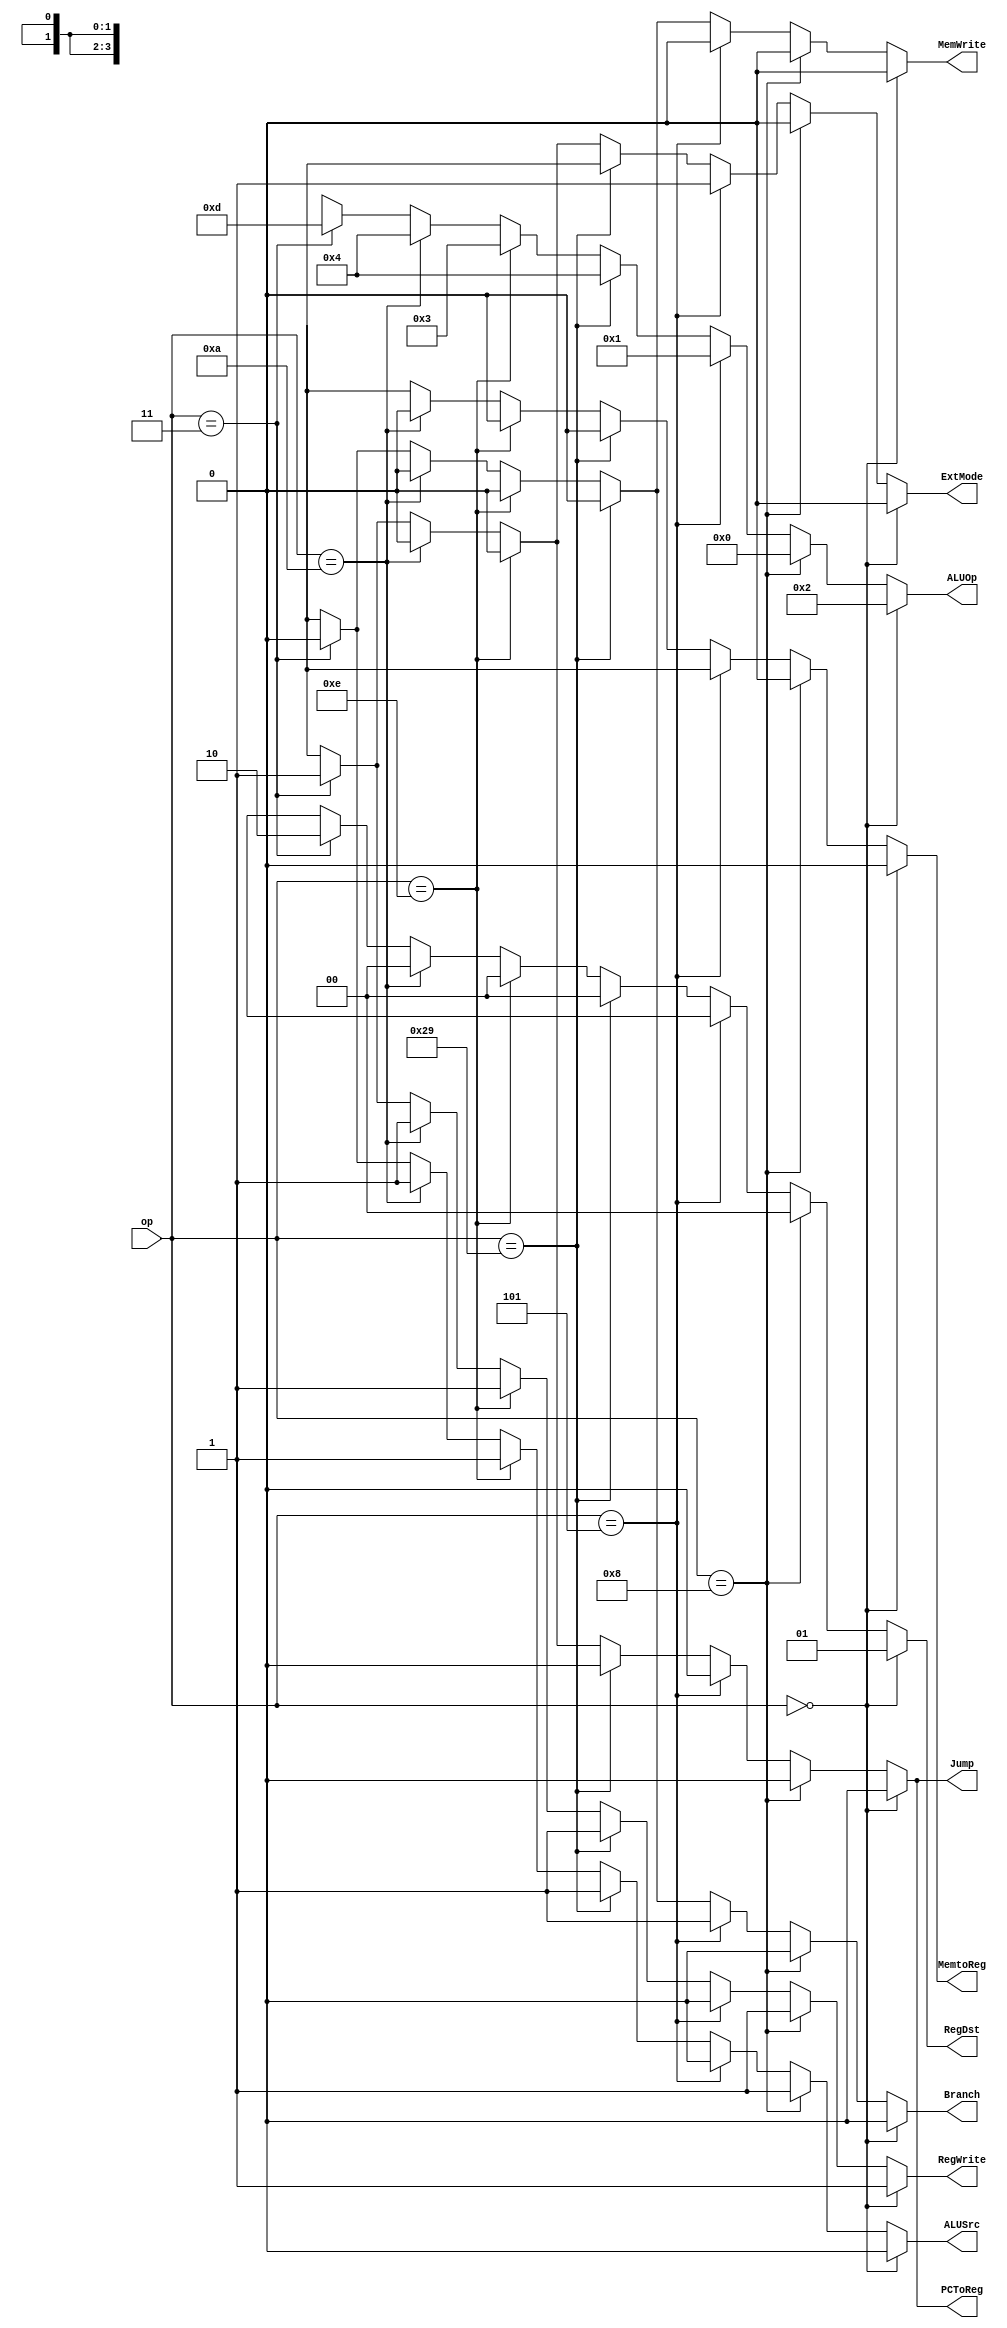
`timescale 1ns / 1ps
//////////////////////////////////////////////////////////////////////////////////
// Company: 
// Engineer: 
// 
// Design Name: 
// Module Name:    MyControl 
// Project Name: 
// Target Devices: 
// Tool versions: 
// Description: 
//
// Dependencies: 
//
// Revision: 
// Revision 0.01 - File Created
// Additional Comments: 
//
//////////////////////////////////////////////////////////////////////////////////
module MyControl(op,RegDst,Jump,Branch,MemtoReg,ALUOp,MemWrite,ALUSrc,RegWrite,PCToReg,ExtMode);
	input [5:0] op;                                  
	output reg [1:0] RegDst;
	output reg Jump,Branch,MemtoReg;                 
	output reg [3:0] ALUOp;                          
	output reg MemWrite,ALUSrc,RegWrite,PCToReg;
	output reg ExtMode;

	always@(op) begin 
		if(op==6'b000000)begin   // R_TYPE
			ALUOp<=4'b0010; 
			RegDst<=2'b01; //write  rd
			ALUSrc<=1'b0; // immi  rt       
			RegWrite<=1'b1; //regster  (RD)
			MemtoReg<=1'b0;   
			MemWrite<=1'b0; //MEM     
			Jump<=1'b0; //
			Branch<=1'b0;      
			PCToReg<=1'b0;
			ExtMode<=1'b0; //Don't care 
		end 
		else if(op==6'b001000) begin // addi
			ALUOp<=4'b0000;   
			RegDst<=2'b00; //use reg write -> rt  
			ALUSrc<=1'b1;     
			RegWrite<=1'b1; //write in reg
			MemtoReg<=1'b0; //no use mem write -> don't care reg destination
			MemWrite<=1'b0; //no write in mem  
			Jump<=1'b0;       
			Branch<=1'b0;     
			PCToReg<=1'b0;
			ExtMode<=1'b0; //zero extended
		end 
		else if(op==6'b000101) begin // Bne
			ALUOp<=4'b0001;   
			RegDst<=2'bxx; //no use reg write -> don't care reg destination     
			ALUSrc<=1'b0;     
			RegWrite<=1'b0; //no write in reg
			MemtoReg<=1'bx; //no use mem write -> don't care reg destination
			MemWrite<=1'b0; //no write in mem  
			Jump<=1'b0;       
			Branch<=1'b1;     
			PCToReg<=1'b0;
			ExtMode<=1'b1;
		end 
		else if(op==6'b101001) begin // slti
			ALUOp<=4'b0100;
			RegDst<=2'b00; //write  rt
			ALUSrc<=1'b1; //rt  immi  target 
			RegWrite<=1'b1; //regster  (Rt)
			MemtoReg<=1'b0; //mem  x
			MemWrite<=1'b0;
			Jump<=1'b0;  
			Branch<=1'b0;
			PCToReg<=1'b0;
			ExtMode<=1'bx; 
		end
		else if(op==6'b001110) begin // xori
			ALUOp<=4'b0011;
			RegDst<=2'b00; //i type => destination : rt 
         ALUSrc<=1'b1;  //imm
         RegWrite<=1'b1; //write result in reg
         MemtoReg<=1'b0; 
         MemWrite<=1'b0;
         Jump<=1'b0;   
         Branch<=1'b0; 
 			PCToReg<=1'b0;
			ExtMode<=1'b0; 
      end
		else if(op==6'b001010) begin // slti
			ALUOp<=4'b0100;
			RegDst<=2'b00; //i type => destination : rt 
         ALUSrc<=1'b1;  //imm
         RegWrite<=1'b1;
         MemtoReg<=1'b0;
         MemWrite<=1'b0;
         Jump<=1'b0;   
         Branch<=1'b0; 
 			PCToReg<=1'b0;
			ExtMode<=1'b0; 
      end
		else if(op==6'b000011) begin // jal
			ALUOp<=4'b1101;
			RegDst<=2'b10; //31
         ALUSrc<=1'b0;  
         RegWrite<=1'b1;
         MemtoReg<=1'bx;
         MemWrite<=1'b0;
         Jump<=1'b1;   
         Branch<=1'b0; 
 			PCToReg<=1'b1;
			ExtMode<=1'b1; 
      end
		else begin
			ALUOp<=4'bx;   
			RegDst<=2'bxx; 
			ALUSrc<=1'bx;  
			RegWrite<=1'bx;
			MemtoReg<=1'bx;
			MemWrite<=1'bx;
			Jump<=1'bx;    
			Branch<=1'bx;  
			PCToReg<=1'bx;
			ExtMode<=1'bx; 
		end
	end
endmodule
/*
		else if(op==6'b000000) begin // SLL
			ALUOp<=4'b0010; //sll 
			RegDst<=2'b01; //write  rd
			ALUSrc<=1'b0; // immi  rt       
			RegWrite<=1'b1; //regster  (RD)
			MemtoReg<=1'b0;   
			MemWrite<=1'b0; //MEM     
			Jump<=1'b0; //
			Branch<=1'b0;     
			PCToReg<=1'b0;
			ExtMode<=1'bx; 
		end*//*
		//bne => branch && zero = 0 mux always chose pc+4
		else if(op==6'b000000) begin // SRA Shift right arithmetic
			ALUOp<=4'b0010; //sra 
			RegDst<=2'b01; //write  rd
			ALUSrc<=1'b0; // immi  rt       
			RegWrite<=1'b1; //regster  (RD)
			MemtoReg<=1'b0;   
			MemWrite<=1'b0; //MEM     
			Jump<=1'b0; //
			Branch<=1'b0;     
			PCToReg<=1'b0;
			ExtMode<=1'bx;
		end *//*
		else if(op==6'b000000) begin // multu
			ALUOp<=4'b0010; //function
			RegDst<=2'b01; //write  rd
			ALUSrc<=1'b0; // immi  rt       
			RegWrite<=1'b1; //regster  (RD)
			MemtoReg<=1'b0;   
			MemWrite<=1'b0; //MEM     
			Jump<=1'b0; //
			Branch<=1'b0;     
			PCToReg<=1'b0;
			ExtMode<=1'bx; 
		end*/
/*		else if(op==6'b000000) begin // jalr
			ALUOp<=4'b1100; //default -> unsigned addition rs rt(=0) -> rs
			RegDst<=2'b01; //jalr => store pc to register(rd)
         ALUSrc<=1'b1;  //immi x rt o
         RegWrite<=1'b1; 
         MemtoReg<=1'b0; //mem x
         MemWrite<=1'b0;
         Jump<=1'b1;    
         Branch<=1'b0; 
			PCToReg<=1'bx;
			ExtMode<=1'b1; 
      end*/